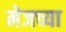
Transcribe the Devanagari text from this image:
मेजच्या